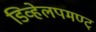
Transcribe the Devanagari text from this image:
डिव्हेलपमण्ट्